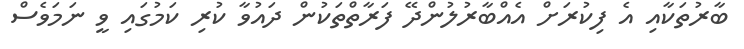
ބާރުތަކާއި އެ ފިކުރަށް އެއްބާރުލުންދޭ ފަރާތްތަކުން ދައުވާ ކުރި ކަމުގައި ވީ ނަމަވެސް